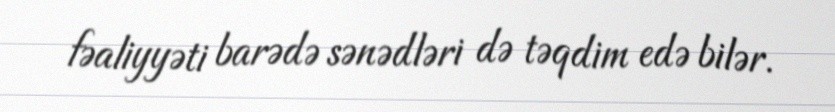
fəaliyyəti barədə sənədləri də təqdim edə bilər.